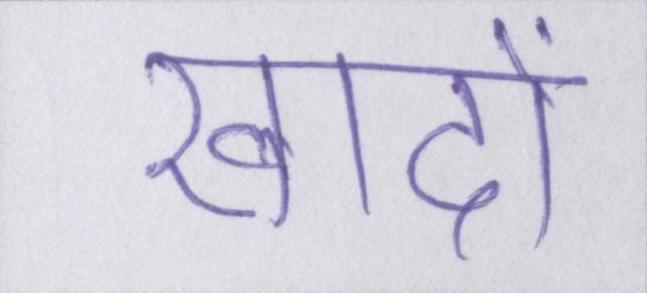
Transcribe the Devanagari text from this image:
खादों